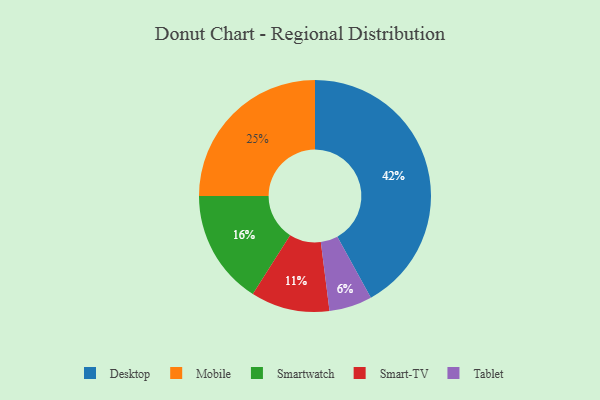
{"axis": {"x": "Category", "y": "Percentage"}, "legend": ["Desktop", "Mobile", "Smart-TV", "Smartwatch", "Tablet"], "data": [{"x": "Mobile", "y": 25, "type": "Mobile"}, {"x": "Desktop", "y": 42, "type": "Desktop"}, {"x": "Smart-TV", "y": 11, "type": "Smart-TV"}, {"x": "Smartwatch", "y": 16, "type": "Smartwatch"}, {"x": "Tablet", "y": 6, "type": "Tablet"}]}